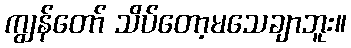
ကျွန်တော် သိပ်တော့မသေချာဘူး။